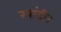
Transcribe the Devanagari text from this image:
खांदी।